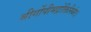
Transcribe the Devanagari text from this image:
श्रीर्गोपीभद्रोक्तिनिर्वतः।